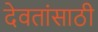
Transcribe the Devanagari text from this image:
देवतांसाठी